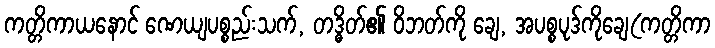
ကတ္တိကာယနောင် ဏေယျပစ္စည်းသက်, တဒ္ဓိတ်၏ ဝိဘတ်ကို ချေ, အပစ္စပုဒ်ကိုချေ(ကတ္တိကာ